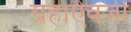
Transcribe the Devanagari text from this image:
ग्रहाऐवजी